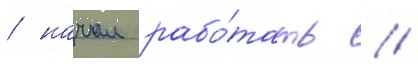
/ начал рабо́тать //